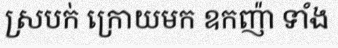
ស្របក់ ក្រោយមក ឧកញ៉ា ទាំង